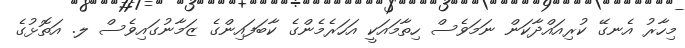
މިހާރު އެނގޭ ކުރިއައްދާކަން ނަމަވެސް ހިތާމައަކީ އަހަރެމެންގެ ކާބަފައިންގެ ޒަމާނުގައިވެސް ލ. އަތޮޅުގެ